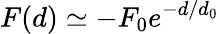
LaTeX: F(d)\simeq-F_{0}e^{-d/d_{0}}